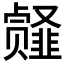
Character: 𱂎